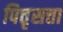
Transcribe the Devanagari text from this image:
पित्तृसत्ता